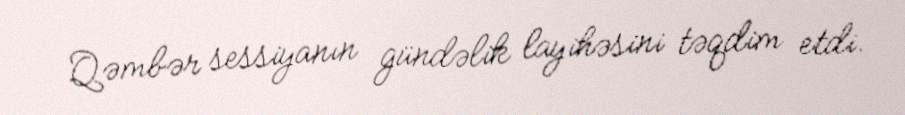
Qəmbər sessiyanın gündəlik layihəsini təqdim etdi.